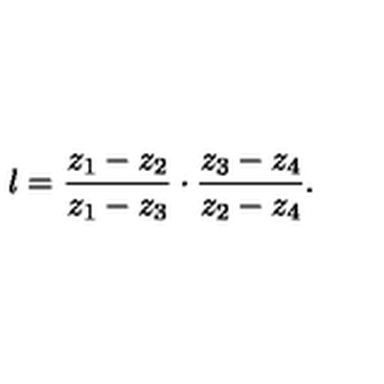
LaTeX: \l = { \frac { z _ { 1 } - z _ { 2 } } { z _ { 1 } - z _ { 3 } } } \cdot { \frac { z _ { 3 } - z _ { 4 } } { z _ { 2 } - z _ { 4 } } } .